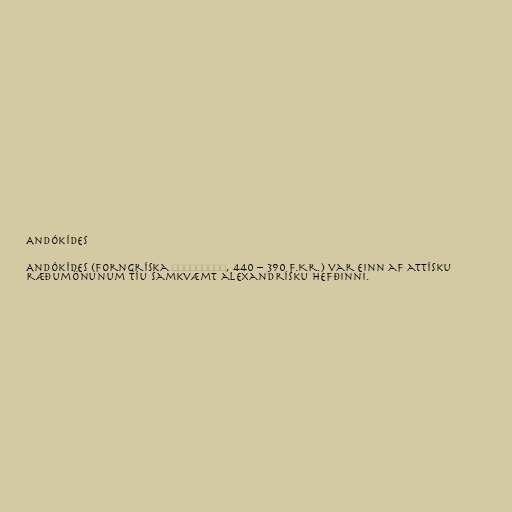
Andókídes

Andókídes (forngríska Ανδοκίδης, 440 – 390 f.Kr.) var einn af attísku
ræðumönunum tíu samkvæmt alexandrísku hefðinni.